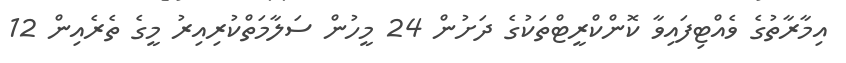
އިމާރާތުގެ ވެއްޓިފައިވާ ކޮންކްރީޓްތަކުގެ ދަށުން 24 މީހުން ސަލާމަތްކުރިއިރު މީގެ ތެރެއިން 12